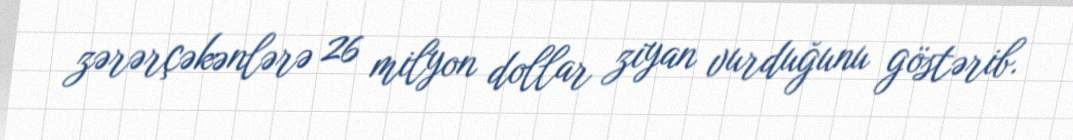
zərərçəkənlərə 26 milyon dollar ziyan vurduğunu göstərib.